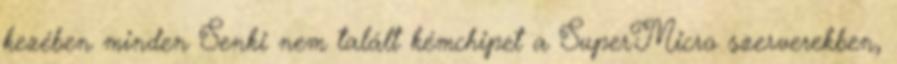
kezében minden Senki nem talált kémchipet a SuperMicro szerverekben,